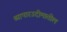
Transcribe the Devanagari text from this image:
व्यापारउदीमातील